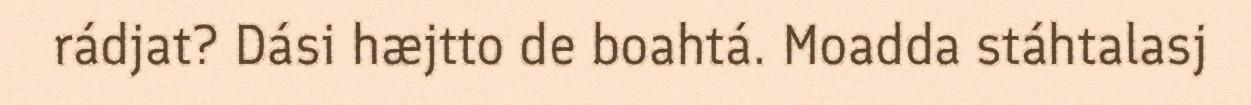
rádjat? Dási hæjtto de boahtá. Moadda stáhtalasj